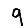
Digit: 9